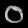
Digit: ၀